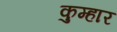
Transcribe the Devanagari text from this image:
कुम्‍हार